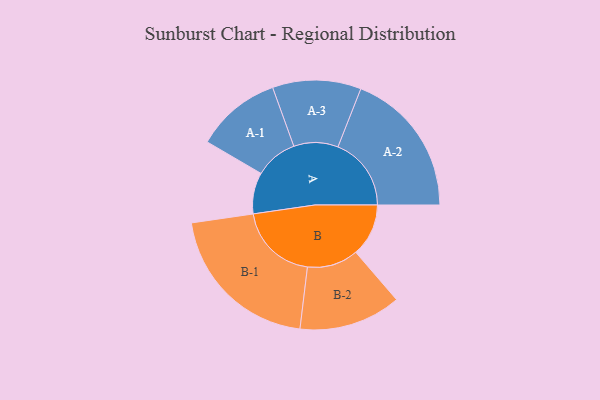
{"axis": {"x": "Segment", "y": "Value"}, "legend": ["", "A", "B"], "data": [{"x": "A", "y": 152, "type": ""}, {"x": "B", "y": 194, "type": ""}, {"x": "A-1", "y": 157, "type": "A"}, {"x": "A-2", "y": 270, "type": "A"}, {"x": "A-3", "y": 163, "type": "A"}, {"x": "B-1", "y": 295, "type": "B"}, {"x": "B-2", "y": 188, "type": "B"}]}